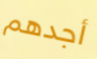
أجدهم